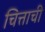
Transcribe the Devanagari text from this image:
चित्ताची